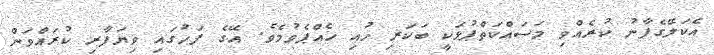
އެކަލޭގެފާނު ކުރެއްވި މަސައްކަތްޕުޅަކީ ބަކަރި ހުއި ހެއްޕެވުމެވެ. އޭގެ ފަހުގައި ވިޔަފާރި ކުރައްވަން